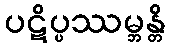
ပဋိပ္ပဿမ္ဘန္တိ